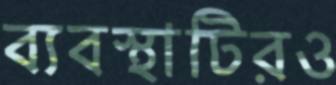
ব্যবস্থাটিরও